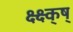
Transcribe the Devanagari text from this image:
क्ष्क्ष्क्ष्